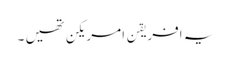
یہ افریقن امریکن تھیں ۔